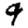
Digit: 9